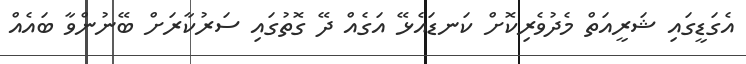
އެގަޑީގައި ޝަރީއަތް މެދުވެރިކޮށް ކަނޑައެޅޭ އަގެއް ދޭ ގޮތުގައި ސަރުކާރަށް ބޭނުންވާ ބައެއް